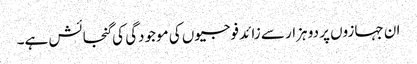
ان جہازوں پر دو ہزار سے زائد فوجیوں کی موجودگی کی گنجائش ہے۔